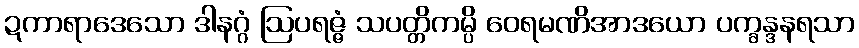
ဍကာရာဒေသော ဒါနဂ္ဂံ ဩပရဇ္ဇံ သပတ္တိကမ္ပိ ဝေရမဏိအာဒယော ပက္ခန္ဒနရသာ